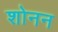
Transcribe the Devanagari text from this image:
शोनन